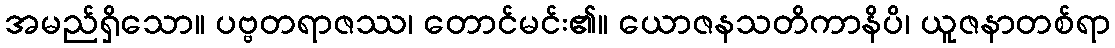
အမည်ရှိသော။ ပဗ္ဗတရာဇဿ၊ တောင်မင်း၏။ ယောဇနသတိကာနိပိ၊ ယူဇနာတစ်ရာ